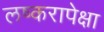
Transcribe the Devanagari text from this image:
लष्करापेक्षा